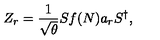
Z _ { r } = \frac { 1 } { \sqrt { \theta } } S f ( N ) a _ { r } S ^ { \dagger } ,